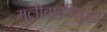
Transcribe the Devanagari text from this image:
मुलीबाळीसुद्धा